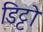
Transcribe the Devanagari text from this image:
डिट्टो